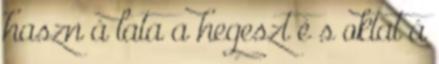
haszn á lata a hegeszt é s oktat á